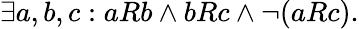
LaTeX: \exists a,b,c:aRb\land bRc\land\lnot(aRc).